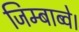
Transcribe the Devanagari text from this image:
जिम्बाब्वे।